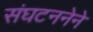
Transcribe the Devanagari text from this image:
संघटननेने